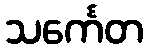
သင်္ကေတ